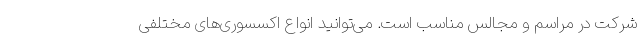
شرکت در مراسم و مجالس مناسب است. می‌توانید انواع اکسسوری‌های مختلفی